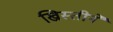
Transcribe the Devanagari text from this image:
ख्रिस्तीने